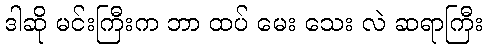
ဒါဆို မင်းကြီးက ဘာ ထပ် မေး သေး လဲ ဆရာကြီး